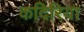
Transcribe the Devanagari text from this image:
कदिरिया